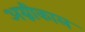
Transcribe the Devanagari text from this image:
अग्नीकाल